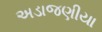
અડાજણીયા